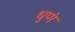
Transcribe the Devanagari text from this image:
धुणं